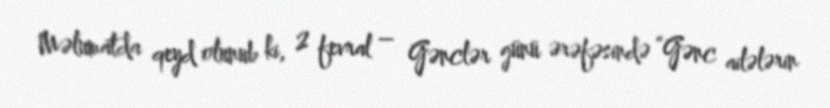
Məlumatda qeyd olunub ki, 2 fevral – Gənclər günü ərəfəsində “Gənc ailələrin